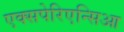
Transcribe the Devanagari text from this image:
एक्सपेरिएन्सिआ